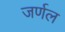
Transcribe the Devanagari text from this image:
जर्णल